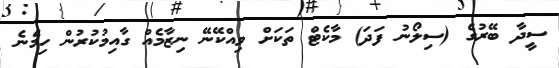
ސީދާ ބޭރުގެ (ސިލޯނު ފަދަ) މާކެޓް ތަކަށް ވިއްކޭނޭ ނިޒާމެއް ގާއިމުކުރުން ހިމެނެ